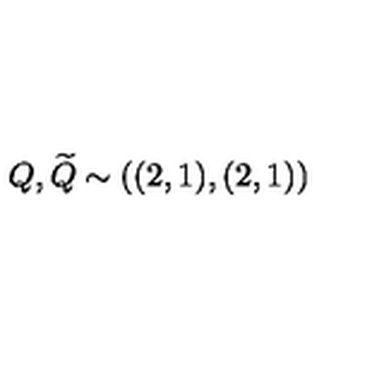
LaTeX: Q , { \widetilde { Q } } \sim ( ( 2 , 1 ) , ( 2 , 1 ) )